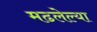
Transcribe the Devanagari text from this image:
मढलेल्या